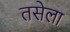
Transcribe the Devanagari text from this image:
तसेला